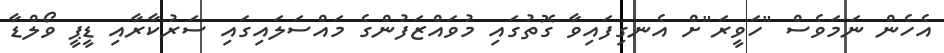
އެހެން ނަމަވެސް "ހަވީރަ"ށް އެނގިފައިވާ ގޮތުގައި މުވައްޒަފުންގެ މައްސަލައިގައި ސަރުކާރާއި ޑީޕީ ވޯލްޑާ